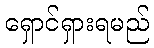
ရှောင်ရှားရမည်